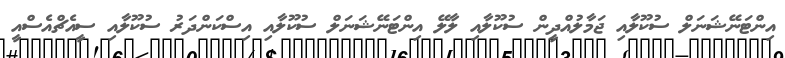
އިންޓަނޭޝަނަލް ސުކޫލާއި ޖަމާލުއްދީން ސުކޫލާއި ލާލޭ އިންޓަނޭޝަނަލް ސުކޫލާއި އިސްކަންދަރު ސުކޫލާއި ސީއެޗްއެސްއީ